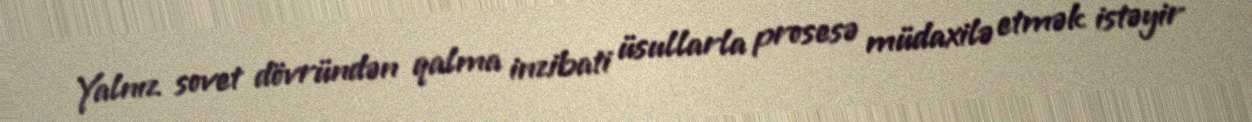
Yalnız sovet dövründən qalma inzibati üsullarla prosesə müdaxilə etmək istəyir